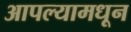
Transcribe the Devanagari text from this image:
आपल्यामधून